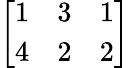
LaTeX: \left[\begin{array}{lll}{1}&{3}&{1}\\ {4}&{2}&{2}\end{array}\right]